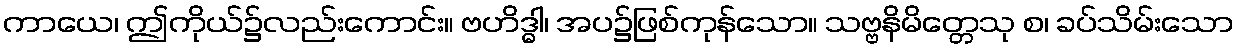
ကာယေ၊ ဤကိုယ်၌လည်းကောင်း။ ဗဟိဒ္ဓါ၊ အပ၌ဖြစ်ကုန်သော။ သဗ္ဗနိမိတ္တေသု စ၊ ခပ်သိမ်းသော